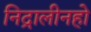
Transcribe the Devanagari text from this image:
निद्रालीनहो